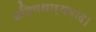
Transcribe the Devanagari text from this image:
अतियथार्थवाद।